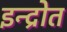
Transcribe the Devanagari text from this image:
इन्द्रोत